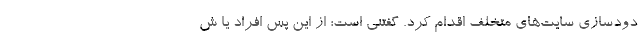
دودسازی سایت‌های متخلف اقدام کرد. گفتنی است؛ از این پس افراد یا ش